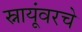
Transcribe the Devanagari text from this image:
स्नायूंवरचे